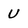
Character: U